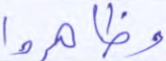
وظاهروا